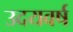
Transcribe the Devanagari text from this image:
उदयवर्ष